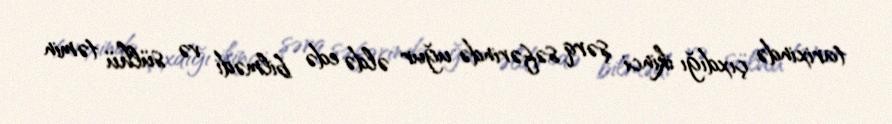
tarixində çıxdığı ikinci şərq səfərində uğur əldə edə bilmədi və sülhü təmin